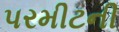
પરમીટની